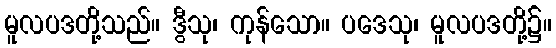
မူလပဒတို့သည်။ ဒွီသု၊ ကုန်သော။ ပဒေသု၊ မူလပဒတို့၌။